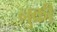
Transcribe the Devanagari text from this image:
नुक्री